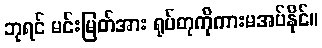
ဘုရင် မင်းမြတ်အား ရုပ်တုကိုကားမအပ်နိုင်။